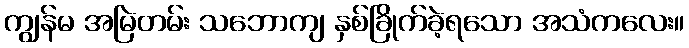
ကျွန်မ အမြဲတမ်း သဘောကျ နှစ်ခြိုက်ခဲ့ရသော အသံကလေး။